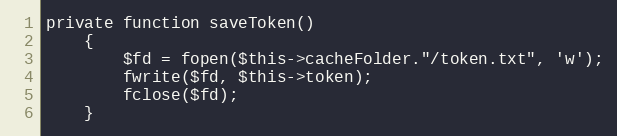
Language: PHP
private function saveToken()
	{
		$fd = fopen($this->cacheFolder."/token.txt", 'w');
		fwrite($fd, $this->token);
		fclose($fd);
	}